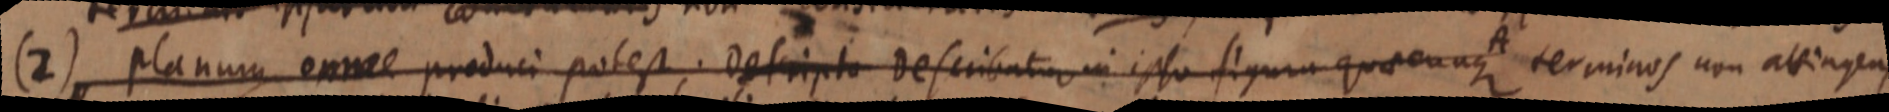
(2) planum omne produci potest. Descripta Describatur in ipsa figura quaecunque terminos non altingens